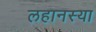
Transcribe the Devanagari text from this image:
लहानस्या